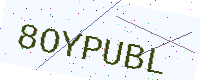
Text: 8OYPUBL